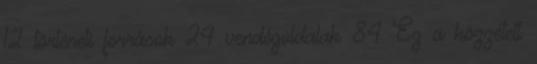
12 történeti források 24 vendégoldalak 84 Ez a közzétett